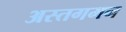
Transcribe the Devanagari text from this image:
अस्तगमन